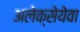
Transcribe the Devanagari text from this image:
अलेक्सेयेवा